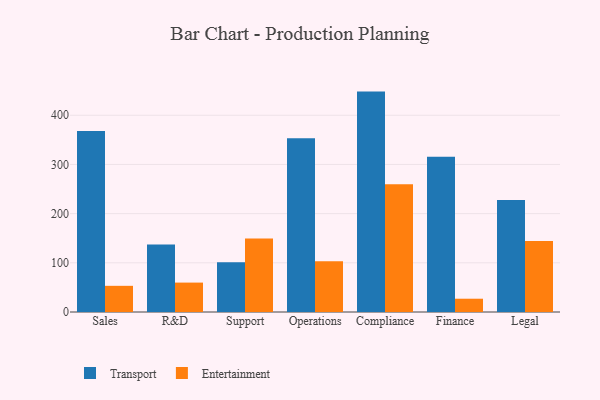
{"axis": {"x": "Department", "y": "Energy Usage (MWh)"}, "legend": ["Entertainment", "Transport"], "data": [{"x": "Sales", "y": 368.1, "type": "Transport"}, {"x": "Sales", "y": 53.2, "type": "Entertainment"}, {"x": "R&D", "y": 137.1, "type": "Transport"}, {"x": "R&D", "y": 59.8, "type": "Entertainment"}, {"x": "Support", "y": 101.1, "type": "Transport"}, {"x": "Support", "y": 149.5, "type": "Entertainment"}, {"x": "Operations", "y": 353.4, "type": "Transport"}, {"x": "Operations", "y": 103.0, "type": "Entertainment"}, {"x": "Compliance", "y": 448.1, "type": "Transport"}, {"x": "Compliance", "y": 259.8, "type": "Entertainment"}, {"x": "Finance", "y": 315.5, "type": "Transport"}, {"x": "Finance", "y": 27.0, "type": "Entertainment"}, {"x": "Legal", "y": 227.5, "type": "Transport"}, {"x": "Legal", "y": 144.1, "type": "Entertainment"}]}